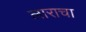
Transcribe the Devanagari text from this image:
लाराचा